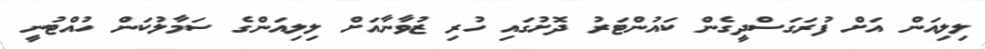
ލިލިއަން އަށް ފުރަގަސްދީގެން ކައުންޓަރު ދޮށުގައި ހުރި ޒުވާނާއަށް ލިލިއަންގެ ސަމާލުކަން ހުއްޓުނީ